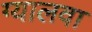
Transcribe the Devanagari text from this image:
ग्यालवा